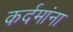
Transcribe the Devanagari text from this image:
कर्दमांना